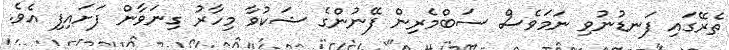
ތެރޭގައި ފަނޑުނުވި ނަމަވެސް ސަބްމެރިން ފޭނުންގެ ޝަކުވާ މިހާރު ގިނަވާން ފަށައިފި އެވެ.